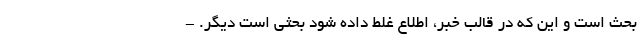
بحث است و این که در قالب خبر، اطلاع غلط داده شود بحثی است دیگر. -